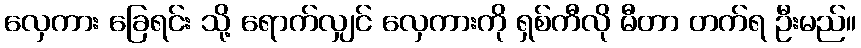
လှေကား ခြေရင်း သို့ ရောက်လျှင် လှေကားကို ရှစ်ကီလို မီတာ တက်ရ ဦးမည်။